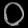
Digit: ၀